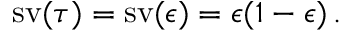
\operatorname { s v } ( \tau ) = \operatorname { s v } ( \epsilon ) = \epsilon ( 1 - \epsilon ) \, .